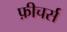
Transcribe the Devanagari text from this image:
फ़ीचर्स